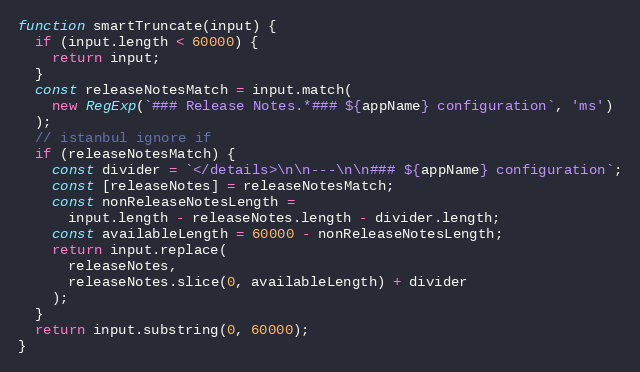
Language: JavaScript
function smartTruncate(input) {
  if (input.length < 60000) {
    return input;
  }
  const releaseNotesMatch = input.match(
    new RegExp(`### Release Notes.*### ${appName} configuration`, 'ms')
  );
  // istanbul ignore if
  if (releaseNotesMatch) {
    const divider = `</details>\n\n---\n\n### ${appName} configuration`;
    const [releaseNotes] = releaseNotesMatch;
    const nonReleaseNotesLength =
      input.length - releaseNotes.length - divider.length;
    const availableLength = 60000 - nonReleaseNotesLength;
    return input.replace(
      releaseNotes,
      releaseNotes.slice(0, availableLength) + divider
    );
  }
  return input.substring(0, 60000);
}